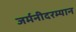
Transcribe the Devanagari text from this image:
जर्मनीदरम्यान